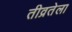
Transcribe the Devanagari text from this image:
तीव्रतेला